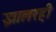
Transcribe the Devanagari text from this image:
झालरही